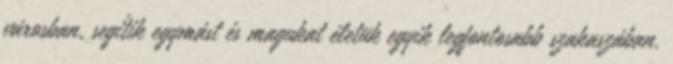
városban, segítik egymást és magukat életük egyik legfontosabb szakaszában.